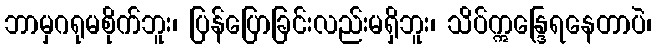
ဘာမှဂရုမစိုက်ဘူး၊ ပြန်ပြောခြင်းလည်းမရှိဘူး၊ သိပ်ဣန္ဒြေရနေတာပဲ၊